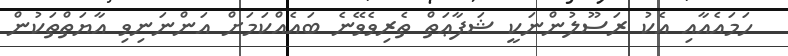
ހަމައެއާއި އެކު ރަސޫލުންނަކީ ޝަފާޢަތް ތެރިވެވޭނެ ބައެއްކަމަށް އަންނަނިވި އާޔަތްތަކުން